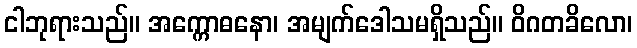
ငါဘုရားသည်။ အက္ကောဓနော၊ အမျက်ဒေါသမရှိသည်။ ဝိဂတခိလော၊